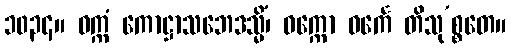
၁၀၃၄။ ဝက္ကံ ကောဋ္ဌာသဘေဒသ္မိံ၊ ဝက္ကော ဝင်္ကေ တိသု’စ္စတေ။